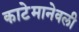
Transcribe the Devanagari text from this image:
काटेमानेवली